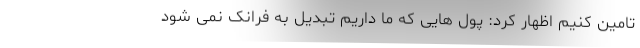
تامین کنیم اظهار کرد: پول هایی که ما داریم تبدیل به فرانک نمی شود